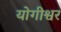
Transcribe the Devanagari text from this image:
योगीश्वर